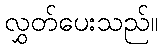
လွှတ်ပေးသည်။